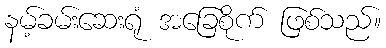
နမ့်ခမ်းဆေးရုံ အခြေစိုက် ဖြစ်သည်။